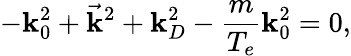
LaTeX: -\mathbf{k}_{0}^{2}+{\vec{{\mathbf{k}}}}^{2}+\mathbf{k}_{D}^{2}-{\frac{{m}}{{T_{e}}}}\mathbf{k}_{0}^{2}=0,